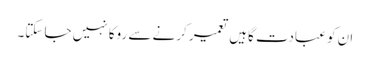
ان کو عبادت گاہیں تعمیر کرنے سے روکا نہیں جا سکتا۔